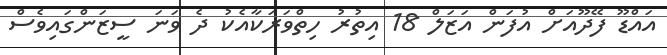
އައްޑޫ ފޭދޫއަށް އުފަން އަޒަލް 18 އިތުރު ހިތްވަރަކާއެކު ދެ ވަނަ ސީޒަންގައިވެސް